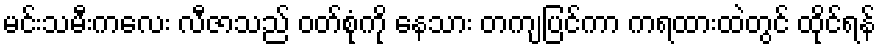
မင်းသမီးကလေး လီဇာသည် ဝတ်စုံကို နေသား တကျပြင်ကာ ကရထားထဲတွင် ထိုင်ရန်